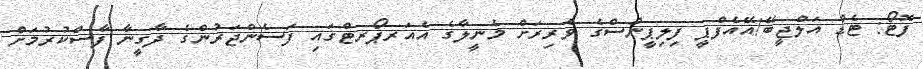
ފޮޓޯ: ޓެޑް އަލްޖީބޭ/އޭއެފްޕީ ފިލިޕީންސްގެ ވެރިރަށް މެނީލާގެ އެއަރޕޯރޓްގައި ފަސެންޖަރުންގެ ދާގީނާ ފާސްކުރުމަށް